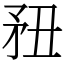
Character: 䂇